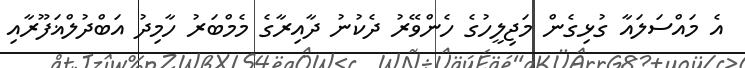
އެ މައްސަލައާ ގުޅިގެން މަޖިލީހުގެ ހެންވޭރު ދެކުނު ދާއިރާގެ މެމްބަރު ހާމިދު އަބްދުލްޣަފޫރާއި